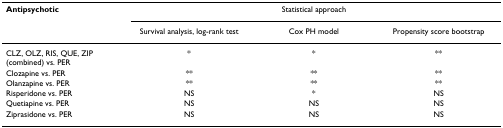
<table><thead><tr><td><b>Antipsychotic</b></td><td colspan="3"><b>Statistical approach</b></td></tr><tr><td>[EMPTY_CELL]</td><td><b>Survival analysis, log-rank test</b></td><td><b>Cox PH model</b></td><td><b>Propensity score bootstrap</b></td></tr></thead><tbody><tr><td>CLZ, OLZ, RIS, QUE, ZIP (combined) vs. PER</td><td>*</td><td>*</td><td>**</td></tr><tr><td>Clozapine vs. PER</td><td>**</td><td>**</td><td>**</td></tr><tr><td>Olanzapine vs. PER</td><td>**</td><td>**</td><td>**</td></tr><tr><td>Risperidone vs. PER</td><td>NS</td><td>*</td><td>NS</td></tr><tr><td>Quetiapine vs. PER</td><td>NS</td><td>NS</td><td>NS</td></tr><tr><td>Ziprasidone vs. PER</td><td>NS</td><td>NS</td><td>NS</td></tr></tbody></table>